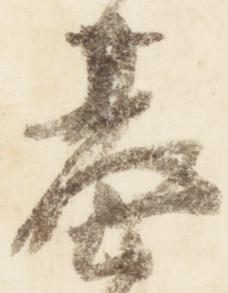
基